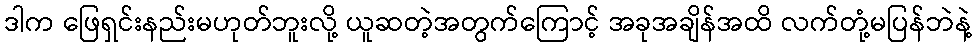
ဒါက ဖြေရှင်းနည်းမဟုတ်ဘူးလို့ ယူဆတဲ့အတွက်ကြောင့် အခုအချိန်အထိ လက်တုံ့မပြန်ဘဲနဲ့